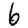
Digit: 6